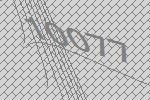
10077